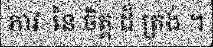
ភាវៈ នៃ ចិត្ត ដ៏ ត្រង់ ។